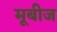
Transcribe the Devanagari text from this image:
मूबीज